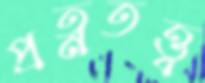
প্রত্নতত্ত্ব